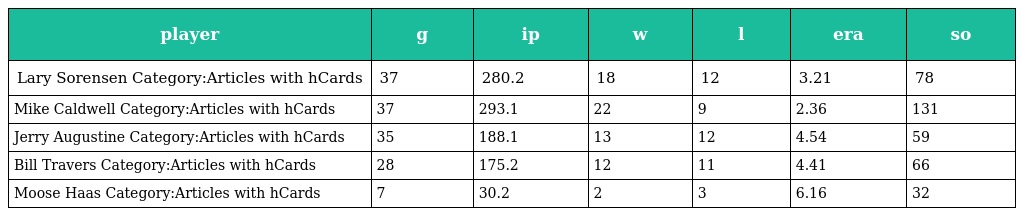
| player | g | ip | w | l | era | so |
 | --- | --- | --- | --- | --- | --- | --- |
 | Lary Sorensen Category:Articles with hCards | 37 | 280.2 | 18 | 12 | 3.21 | 78 |
 | Mike Caldwell Category:Articles with hCards | 37 | 293.1 | 22 | 9 | 2.36 | 131 |
 | Jerry Augustine Category:Articles with hCards | 35 | 188.1 | 13 | 12 | 4.54 | 59 |
 | Bill Travers Category:Articles with hCards | 28 | 175.2 | 12 | 11 | 4.41 | 66 |
 | Moose Haas Category:Articles with hCards | 7 | 30.2 | 2 | 3 | 6.16 | 32 |